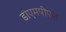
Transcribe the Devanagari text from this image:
डीएमपीएल